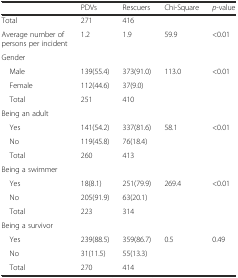
<table><thead><tr><td></td><td><b>PDVs</b></td><td><b>Rescuers</b></td><td><b>Chi-Square</b></td><td><b><i>p</i>-value</b></td></tr></thead><tbody><tr><td>Total</td><td>271</td><td>416</td><td></td><td></td></tr><tr><td>Average number of persons per incident</td><td>1.2</td><td>1.9</td><td>59.9</td><td>&lt;0.01</td></tr><tr><td colspan="5">Gender</td></tr><tr><td> Male</td><td>139(55.4)</td><td>373(91.0)</td><td rowspan="3">113.0</td><td rowspan="3">&lt;0.01</td></tr><tr><td> Female</td><td>112(44.6)</td><td>37(9.0)</td></tr><tr><td> Total</td><td>251</td><td>410</td></tr><tr><td colspan="5">Being an adult</td></tr><tr><td> Yes</td><td>141(54.2)</td><td>337(81.6)</td><td rowspan="3">58.1</td><td rowspan="3">&lt;0.01</td></tr><tr><td> No</td><td>119(45.8)</td><td>76(18.4)</td></tr><tr><td> Total</td><td>260</td><td>413</td></tr><tr><td colspan="5">Being a swimmer</td></tr><tr><td> Yes</td><td>18(8.1)</td><td>251(79.9)</td><td rowspan="3">269.4</td><td rowspan="3">&lt;0.01</td></tr><tr><td> No</td><td>205(91.9)</td><td>63(20.1)</td></tr><tr><td> Total</td><td>223</td><td>314</td></tr><tr><td colspan="5">Being a survivor</td></tr><tr><td> Yes</td><td>239(88.5)</td><td>359(86.7)</td><td rowspan="3">0.5</td><td rowspan="3">0.49</td></tr><tr><td> No</td><td>31(11.5)</td><td>55(13.3)</td></tr><tr><td> Total</td><td>270</td><td>414</td></tr></tbody></table>